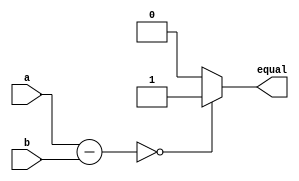
module equality_comparator (
    input [31:0] a,
    input [31:0] b,
    output reg equal
);

reg [31:0] diff;

always @ (a, b) begin
    diff = a - b;
    if (diff == 0)
        equal = 1;
    else
        equal = 0;
end

endmodule